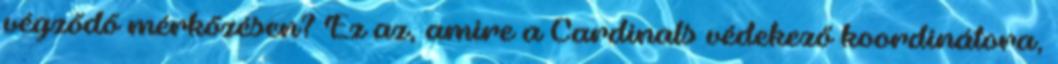
végződő mérkőzésen? Ez az, amire a Cardinals védekező koordinátora,